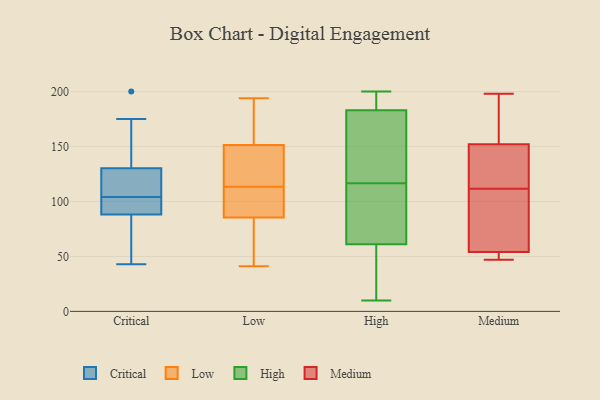
{"axis": {"x": "Budget (USD K)", "y": "Value"}, "legend": ["Critical", "High", "Low", "Medium"], "data": [{"x": "", "y": 106, "type": "Critical"}, {"x": "", "y": 45, "type": "Critical"}, {"x": "", "y": 134, "type": "Critical"}, {"x": "", "y": 119, "type": "Critical"}, {"x": "", "y": 89, "type": "Critical"}, {"x": "", "y": 93, "type": "Critical"}, {"x": "", "y": 165, "type": "Critical"}, {"x": "", "y": 104, "type": "Critical"}, {"x": "", "y": 43, "type": "Critical"}, {"x": "", "y": 175, "type": "Critical"}, {"x": "", "y": 200, "type": "Critical"}, {"x": "", "y": 102, "type": "Critical"}, {"x": "", "y": 88, "type": "Critical"}, {"x": "", "y": 66, "type": "Critical"}, {"x": "", "y": 119, "type": "Critical"}, {"x": "", "y": 178, "type": "Low"}, {"x": "", "y": 139, "type": "Low"}, {"x": "", "y": 155, "type": "Low"}, {"x": "", "y": 121, "type": "Low"}, {"x": "", "y": 179, "type": "Low"}, {"x": "", "y": 194, "type": "Low"}, {"x": "", "y": 69, "type": "Low"}, {"x": "", "y": 158, "type": "Low"}, {"x": "", "y": 146, "type": "Low"}, {"x": "", "y": 106, "type": "Low"}, {"x": "", "y": 148, "type": "Low"}, {"x": "", "y": 95, "type": "Low"}, {"x": "", "y": 41, "type": "Low"}, {"x": "", "y": 127, "type": "Low"}, {"x": "", "y": 54, "type": "Low"}, {"x": "", "y": 104, "type": "Low"}, {"x": "", "y": 76, "type": "Low"}, {"x": "", "y": 95, "type": "Low"}, {"x": "", "y": 45, "type": "Low"}, {"x": "", "y": 104, "type": "Low"}, {"x": "", "y": 114, "type": "High"}, {"x": "", "y": 155, "type": "High"}, {"x": "", "y": 60, "type": "High"}, {"x": "", "y": 123, "type": "High"}, {"x": "", "y": 106, "type": "High"}, {"x": "", "y": 12, "type": "High"}, {"x": "", "y": 200, "type": "High"}, {"x": "", "y": 183, "type": "High"}, {"x": "", "y": 61, "type": "High"}, {"x": "", "y": 10, "type": "High"}, {"x": "", "y": 119, "type": "High"}, {"x": "", "y": 104, "type": "High"}, {"x": "", "y": 200, "type": "High"}, {"x": "", "y": 198, "type": "High"}, {"x": "", "y": 54, "type": "Medium"}, {"x": "", "y": 198, "type": "Medium"}, {"x": "", "y": 97, "type": "Medium"}, {"x": "", "y": 114, "type": "Medium"}, {"x": "", "y": 47, "type": "Medium"}, {"x": "", "y": 139, "type": "Medium"}, {"x": "", "y": 152, "type": "Medium"}, {"x": "", "y": 47, "type": "Medium"}, {"x": "", "y": 109, "type": "Medium"}, {"x": "", "y": 198, "type": "Medium"}]}